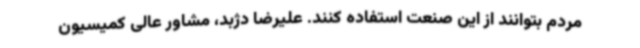
مردم بتوانند از این صنعت استفاده کنند. علیرضا دژبد، مشاور عالی کمیسیون